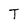
Character: T